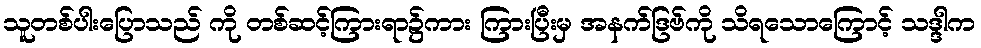
သူတစ်ပါးပြောသည် ကို တစ်ဆင့်ကြားရာ၌ကား ကြားပြီးမှ အနက်ဒြဗ်ကို သိရသောကြောင့် သဒ္ဒါက